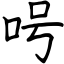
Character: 呺